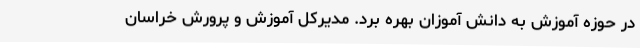
در حوزه آموزش به دانش آموزان بهره برد. مدیرکل آموزش و پرورش خراسان